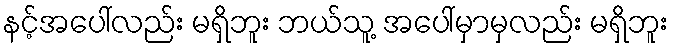
နင့်အပေါ်လည်း မရှိဘူး ဘယ်သူ့ အပေါ်မှာမှလည်း မရှိဘူး